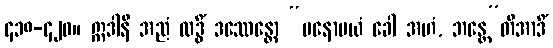
၄၁၈-၄၂၀။ ဣဒါနိ အညံ လဒ္ဓိံ ဒဿေန္တော “မနောမယံ ခေါ အဟံ, ဘန္တေ”တိအာဒိံ